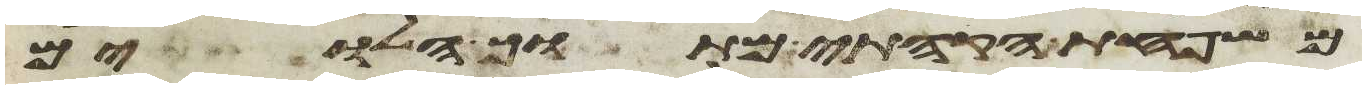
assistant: משפחת הקהתי מתוך הלוים